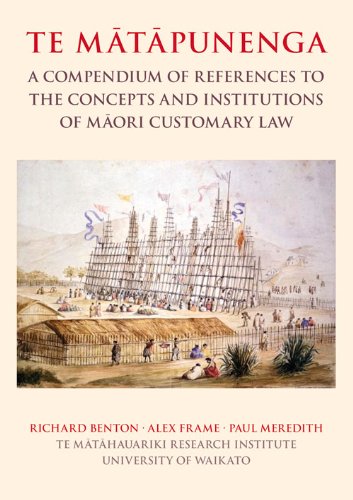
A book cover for Te Matapunenga: A Compendium of References to the Concepts and Institutions of Maori Customary Law; Richard Benton; Law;